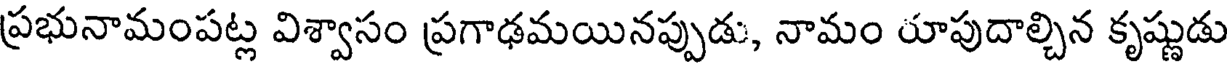
ప్రభునామంపట్ల విశ్వాసం ప్రగాఢమయినప్పుడు, నామం రూపుదాల్చిన కృష్ణుడు